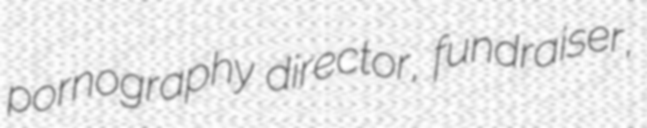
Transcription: pornography director, fundraiser,